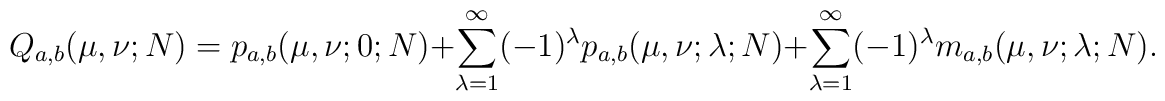
Q_{a,b}(\mu , \nu ; N)=p_{a,b}(\mu , \nu ; 0 ; N) +\sum_{\lambda =1}^{\infty} (-1)^{\lambda }p_{a,b}(\mu , \nu ; \lambda ; N) +\sum_{\lambda =1}^{\infty} (-1)^{\lambda }m_{a,b}(\mu , \nu ; \lambda ; N).